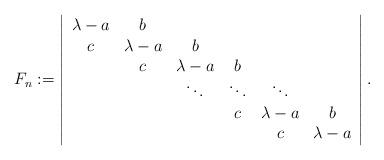
LaTeX: \begin{align*}F_{n}:=\left\vert \begin{array}{cccccc}\lambda -a & b & & & & \\ c & \lambda -a & b & & & \\ & c & \lambda -a & b & & \\ & & \ddots & \ddots & \ddots & \\ & & & c & \lambda -a & b \\ & & & & c & \lambda -a\end{array}\right\vert . \end{align*}